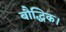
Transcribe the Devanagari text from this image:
बौद्धिक।